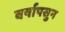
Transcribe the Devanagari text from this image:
वर्षापसुन